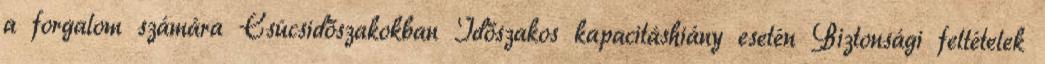
a forgalom számára Csúcsidőszakokban Időszakos kapacitáshiány esetén Biztonsági feltételek